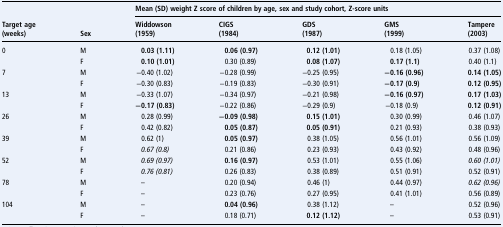
<table><thead><tr><td></td><td></td><td colspan="5"><b>Mean (SD) weight Z score of children by age, sex and study cohort, Z-score units</b></td></tr><tr><td><b>Target age(weeks)</b></td><td><b>Sex</b></td><td><b>Widdowson(1959)</b></td><td><b>CIGS(1984)</b></td><td><b>GDS(1987)</b></td><td><b>GMS(1999)</b></td><td><b>Tampere(2003)</b></td></tr></thead><tbody><tr><td>0</td><td>M</td><td><b>0.03</b><b>(1.11)</b></td><td><b>0.06 (0.97)</b></td><td><b>0.12 (1.01)</b></td><td>0.18 (1.05)</td><td>0.37 (1.08)</td></tr><tr><td></td><td>F</td><td><b>0.10 (1.01)</b></td><td>0.30 (0.89)</td><td><b>0.08 (1.07)</b></td><td><b>0.17 (1.1)</b></td><td>0.40 (1.1)</td></tr><tr><td>7</td><td>M</td><td>−0.40 (1.02)</td><td>−0.28 (0.99)</td><td>−0.25 (0.95)</td><td><b>−0.16 (0.96)</b></td><td><b>0.14 (1.05)</b></td></tr><tr><td></td><td>F</td><td>−0.30 (0.83)</td><td>−0.19 (0.83)</td><td>−0.30 (0.91)</td><td><b>−0.17 (0.9)</b></td><td><b>0.12 (0.95)</b></td></tr><tr><td>13</td><td>M</td><td>−0.33 (1.07)</td><td>−0.34 (0.97)</td><td>−0.21 (0.98)</td><td><b>−0.16 (0.97)</b></td><td><b>0.17 (1.03)</b></td></tr><tr><td></td><td>F</td><td><b>−0.17 (0.83)</b></td><td>−0.22 (0.86)</td><td>−0.29 (0.9)</td><td>−0.18 (0.9)</td><td><b>0.12 (0.91)</b></td></tr><tr><td>26</td><td>M</td><td>0.28 (0.99)</td><td><b>−0.09 (0.98)</b></td><td><b>0.15 (1.01)</b></td><td>0.30 (0.99)</td><td>0.46 (1.07)</td></tr><tr><td></td><td>F</td><td>0.42 (0.82)</td><td><b>0.05 (0.87)</b></td><td><b>0.05 (0.91)</b></td><td>0.21 (0.93)</td><td>0.38 (0.93)</td></tr><tr><td>39</td><td>M</td><td>0.62 (1)</td><td><b>0.05 (0.97)</b></td><td>0.38 (1.05)</td><td>0.56 (1.01)</td><td>0.56 (1.09)</td></tr><tr><td></td><td>F</td><td><i>0.67 (0.8)</i></td><td>0.21 (0.86)</td><td>0.23 (0.93)</td><td>0.43 (0.92)</td><td>0.48 (0.96)</td></tr><tr><td>52</td><td>M</td><td><i>0.69 (0.97)</i></td><td><b>0.16 (0.97)</b></td><td>0.53 (1.01)</td><td>0.55 (1.06)</td><td><i>0.60 (1.01)</i></td></tr><tr><td></td><td>F</td><td><i>0.76 (0.81)</i></td><td>0.26 (0.83)</td><td>0.38 (0.89)</td><td>0.51 (0.91)</td><td>0.52 (0.91)</td></tr><tr><td>78</td><td>M</td><td>–</td><td>0.20 (0.94)</td><td>0.46 (1)</td><td>0.44 (0.97)</td><td><i>0.62 (0.96)</i></td></tr><tr><td></td><td>F</td><td>–</td><td>0.23 (0.76)</td><td>0.27 (0.95)</td><td>0.41 (1.01)</td><td>0.56 (0.89)</td></tr><tr><td>104</td><td>M</td><td>–</td><td><b>0.04 (0.96)</b></td><td>0.38 (1.12)</td><td>–</td><td>0.52 (0.96)</td></tr><tr><td></td><td>F</td><td>–</td><td>0.18 (0.71)</td><td><b>0.12 (1.12)</b></td><td>–</td><td>0.53 (0.91)</td></tr></tbody></table>